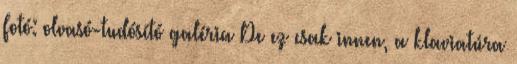
Fotó: olvasó-tudósító galéria De ez csak innen, a klaviatúra